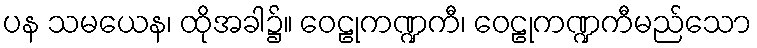
ပန သမယေန၊ ထိုအခါ၌။ ဝေဠုကဏ္ဍကီ၊ ဝေဠုကဏ္ဍကီမည်သော